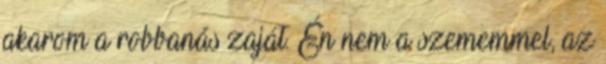
akarom a robbanás zaját. Én nem a szememmel, az